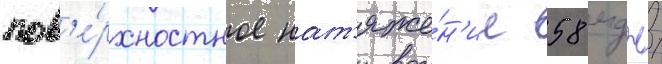
пов'е́рхностное нат'яже́н'ие 58 мдж/